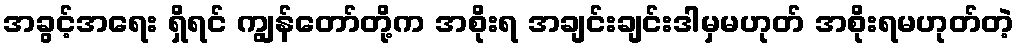
အခွင့်အရေး ရှိရင် ကျွန်တော်တို့က အစိုးရ အချင်းချင်းဒါမှမဟုတ် အစိုးရမဟုတ်တဲ့